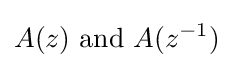
A(z){\text{ and }}A(z^{-1})